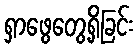
ရှာဖွေတွေ့ရှိခြင်း